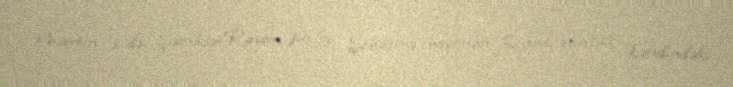
Martın 1-də Şəmkir Rayon Polis Şöbəsinə rayonun Qaracaəmirli kəndindəki